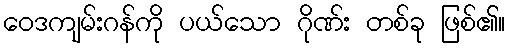
ဝေဒကျမ်းဂန်ကို ပယ်သော ဂိုဏ်း တစ်ခု ဖြစ်၏။